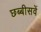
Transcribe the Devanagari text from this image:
छब्बीसवें